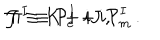
{ \cal J } \equiv K + i J \, , \hspace { 1 c m } \Pi ^ { I } \equiv { \cal P } _ { e } ^ { I } + i { \cal P } _ { m } ^ { I } \, .